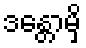
ဒန္တောမှိ